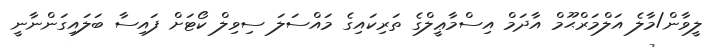
ލީވާން/މާލެ އަލްމަރްޙޫމް އާދަމް އިސްމާޢީލްގެ ތަރިކައިގެ މައްސަލަ ސިވިލް ކޯޓަށް ފައިސާ ބަލައިގަންނާނީ